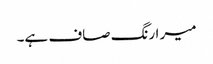
میر ا رنگ صاف ہے۔